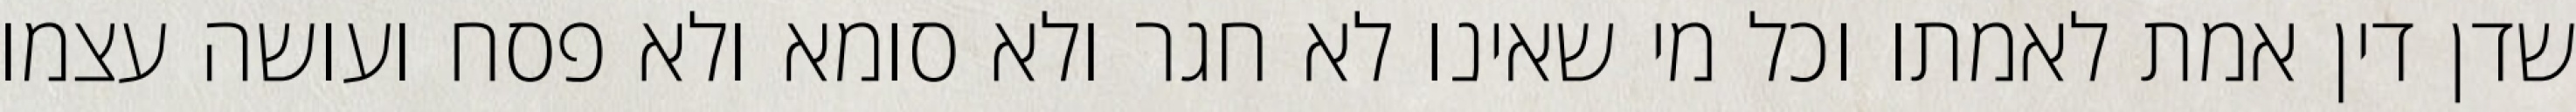
שדן דין אמת לאמתו וכל מי שאינו לא חגר ולא סומא ולא פסח ועושה עצמו